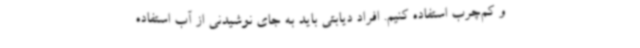
و کم‌چرب استفاده کنیم. افراد دیابتی باید به جای نوشیدنی از آب استفاده